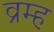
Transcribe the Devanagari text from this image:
व्रम्ह